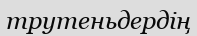
трутеньдердің